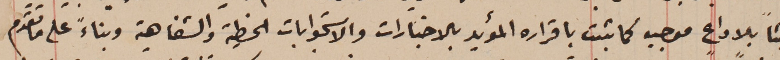
عبثاً بلا داعٍ موجبه كما ثبت باقراره المؤيد بالاخبارات والاستجوابات الخطية والشفاهية وبناءً على ما تقدم